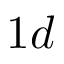
1 d